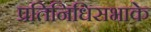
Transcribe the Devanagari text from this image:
प्रतिनिधिसभाके